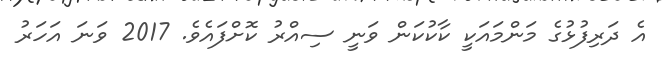
އެ ދަރިފުޅުގެ މަންމައަކީ ކާކުކަން ވަނީ ސިއްރު ކޮށްފައެވެ. 2017 ވަނަ އަހަރު